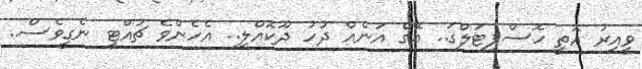
ވީއިރު އޮތީ ހޮސްޕިޓަލްގަ.. އޭގެ އަނެއް ދުހު ދޫކޮއްލި.. އެހެންވެ ޗުއްޓީ ނެގީވެސް..